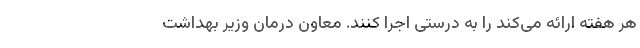
هر هفته ارائه می‌کند را به درستی اجرا کنند. معاون درمان وزیر بهداشت